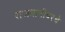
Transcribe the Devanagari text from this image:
राजधानीवरचे